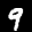
Label: 9